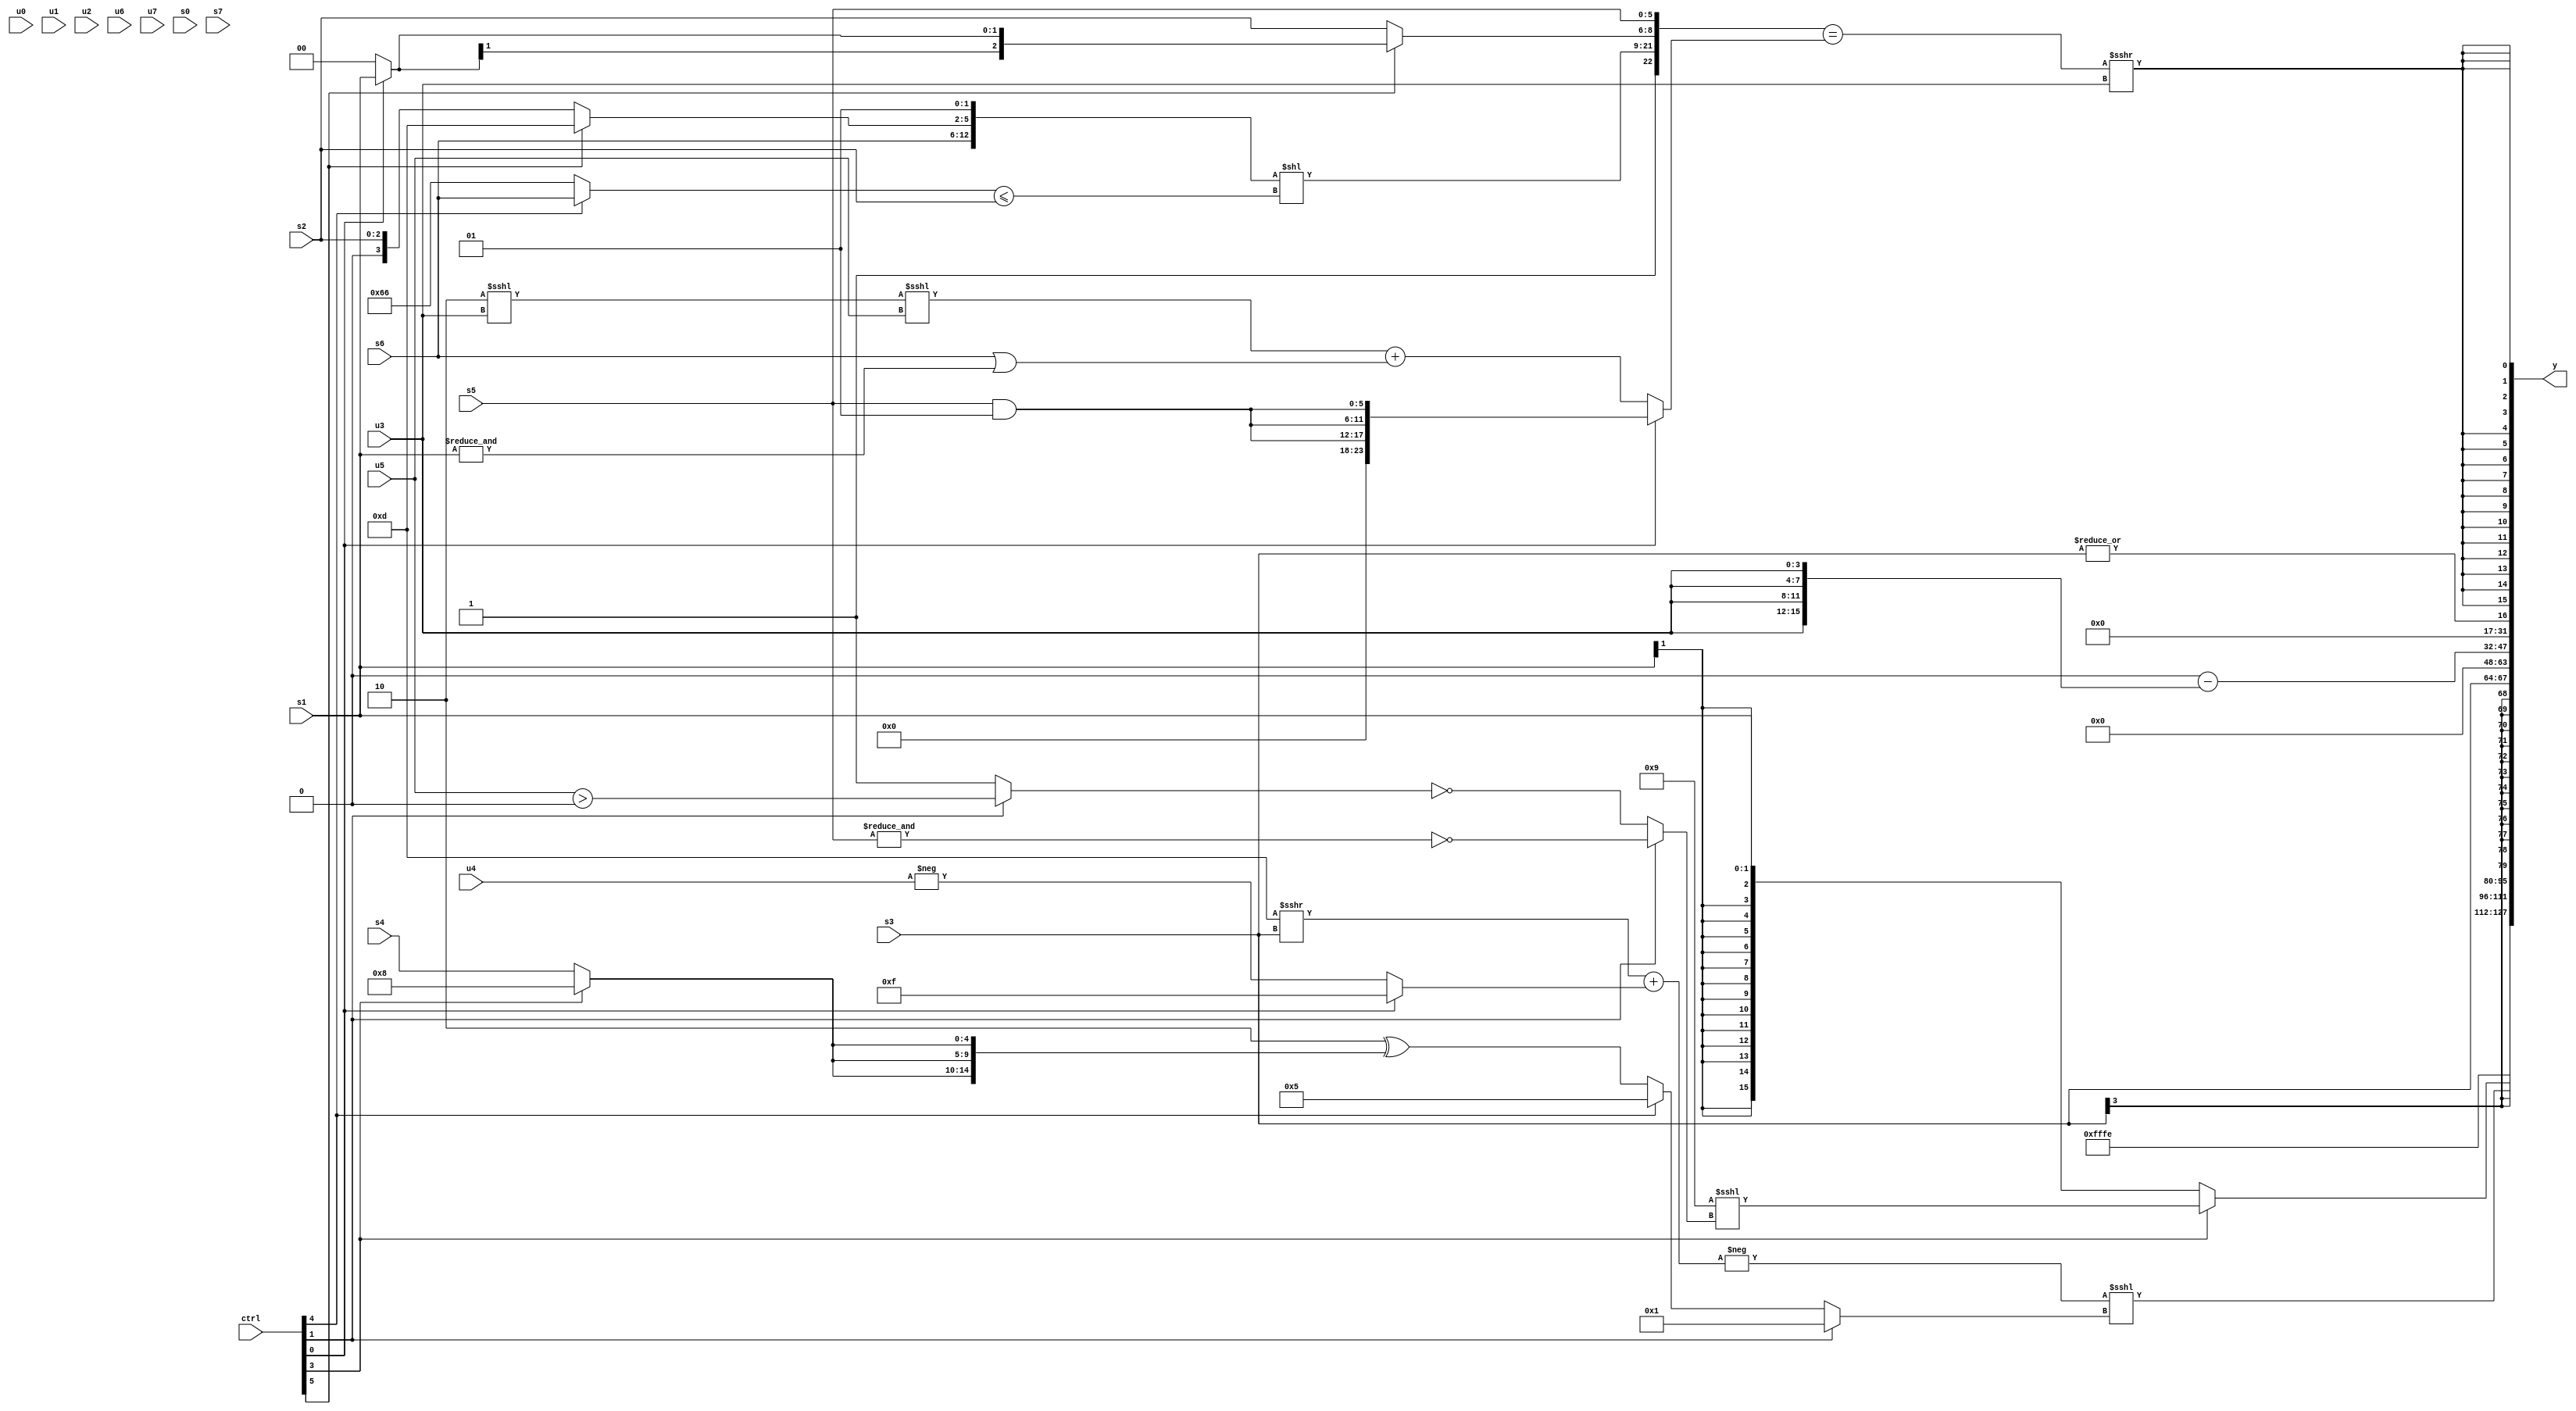
module wideexpr_00427(ctrl, u0, u1, u2, u3, u4, u5, u6, u7, s0, s1, s2, s3, s4, s5, s6, s7, y);
  input [7:0] ctrl;
  input [0:0] u0;
  input [1:0] u1;
  input [2:0] u2;
  input [3:0] u3;
  input [4:0] u4;
  input [5:0] u5;
  input [6:0] u6;
  input [7:0] u7;
  input signed [0:0] s0;
  input signed [1:0] s1;
  input signed [2:0] s2;
  input signed [3:0] s3;
  input signed [4:0] s4;
  input signed [5:0] s5;
  input signed [6:0] s6;
  input signed [7:0] s7;
  output [127:0] y;
  wire [15:0] y0;
  wire [15:0] y1;
  wire [15:0] y2;
  wire [15:0] y3;
  wire [15:0] y4;
  wire [15:0] y5;
  wire [15:0] y6;
  wire [15:0] y7;
  assign y = {y0,y1,y2,y3,y4,y5,y6,y7};
  assign y0 = 2'sb10;
  assign y1 = ($signed(-(+((+((4'b1101)>>>(s3)))+((ctrl[0]?6'sb001111:-(u4)))))))<<<($signed((ctrl[1]?(2'b01)>>>(5'sb00000):(ctrl[4]?$unsigned($signed(3'sb101)):($signed(+(2'sb10)))^({3{(ctrl[3]?5'b01000:s4)}})))));
  assign y2 = (ctrl[3]?((4'sb1001)<<<((ctrl[1]?~&($unsigned(s5)):~^((ctrl[1]?(u5)>(4'b0000):1'b1)))))<<<(($signed(6'sb110001))>>(((6'sb111100)^($signed(~^(1'sb0))))-(+(6'sb100110)))):s1);
  assign y3 = s3;
  assign y4 = 6'sb000000;
  assign y5 = {(((+((($signed(u3))>>((s3)>(s6)))>>({s3,$signed(6'sb110001),{3{2'sb01}},|(s2)})))>>(s0))<<<(s7))&(((((s5)|(+((ctrl[5]?s5:s4))))>>>($signed(s4)))^(((+(+(s0)))<<(((s6)^(s3))>>>(4'sb1101)))<<<((s6)-(-({2'sb00,s4,s2})))))<<(1'sb0)),(((ctrl[7]?($unsigned((ctrl[4]?(ctrl[6]?s3:6'sb111000):(5'sb01001)>>(3'sb111))))>=(+($unsigned($unsigned(u7)))):({1{6'sb100010}})==(({{3{u7}},$unsigned(s4),$signed(5'sb10011)})&({4{$signed(s0)}}))))<<(5'sb10111))-({4{{1{u3}}}})};
  assign y6 = $unsigned(-(|(s3)));
  assign y7 = +($signed($signed((({2'sb01,({s6,(ctrl[5]?4'b1101:s2),2'sb01})<<(((ctrl[4]?s6:6'sb100110))<=(s2)),+((ctrl[5]?(ctrl[0]?s1:1'sb0):s2)),s5})==((ctrl[0]?{3{(+(s5))&(-(1'sb1))}}:(((2'b10)<<<(u3))<<<(u5))+((s6)|(&(s1))))))>>>($unsigned(u3)))));
endmodule